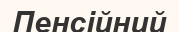
Пенсійний